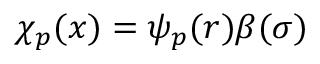
\chi _ { p } ( \boldsymbol { x } ) = \psi _ { p } ( \boldsymbol { r } ) \beta ( \sigma )